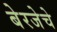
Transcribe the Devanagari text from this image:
बेरजेचे